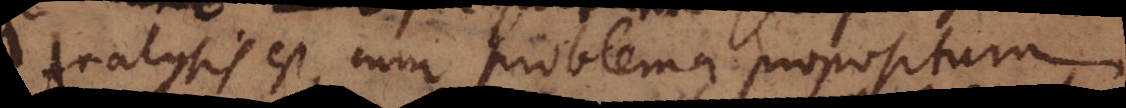
Analysis est, cum problema propositum